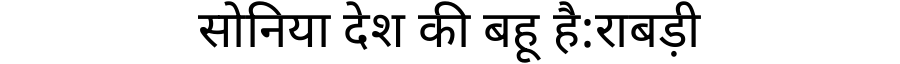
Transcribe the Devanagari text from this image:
सोनिया देश की बहू है:राबड़ी